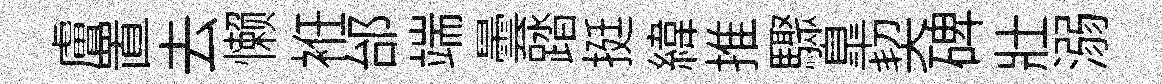
膚置去懒袵邰端曇踏挺緯推驟臯契碑壯溺